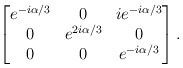
\begin{align*}\begin{bmatrix} e^{-i\alpha/3} & 0 & ie^{-i\alpha/3}\\ 0 & e^{2i\alpha/3} & 0\\0 & 0 & e^{-i\alpha/3}\end{bmatrix}.\end{align*}